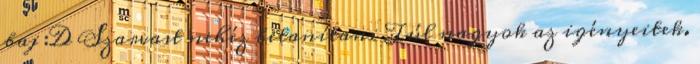
baj :D Szarvast nehéz betanítani Túl nagyok az igényeitek.